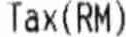
TAX(RM)